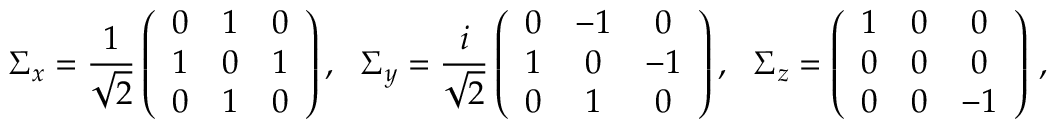
\Sigma _ { x } = \frac { 1 } { \sqrt { 2 } } \left( \begin{array} { c c c } { 0 } & { 1 } & { 0 } \\ { 1 } & { 0 } & { 1 } \\ { 0 } & { 1 } & { 0 } \end{array} \right) , \ \ \Sigma _ { y } = \frac { i } { \sqrt { 2 } } \left( \begin{array} { c c c } { 0 } & { - 1 } & { 0 } \\ { 1 } & { 0 } & { - 1 } \\ { 0 } & { 1 } & { 0 } \end{array} \right) , \ \ \Sigma _ { z } = \left( \begin{array} { c c c } { 1 } & { 0 } & { 0 } \\ { 0 } & { 0 } & { 0 } \\ { 0 } & { 0 } & { - 1 } \end{array} \right) \, ,